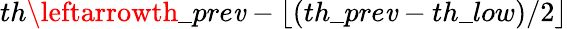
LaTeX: th\leftarrowth\_ pre\mathit{v}-\lfloor(th\_ pre\mathit{v}-th\_ low)/2\rfloor